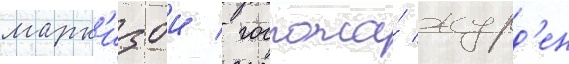
марк'изои / госпожа́ журд'ен